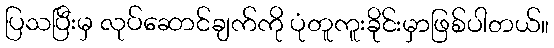
ပြသပြီးမှ လုပ်ဆောင်ချက်ကို ပုံတူကူးခိုင်းမှာဖြစ်ပါတယ်။